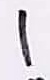
Text: 1